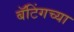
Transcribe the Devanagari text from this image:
बॅटिंगच्या